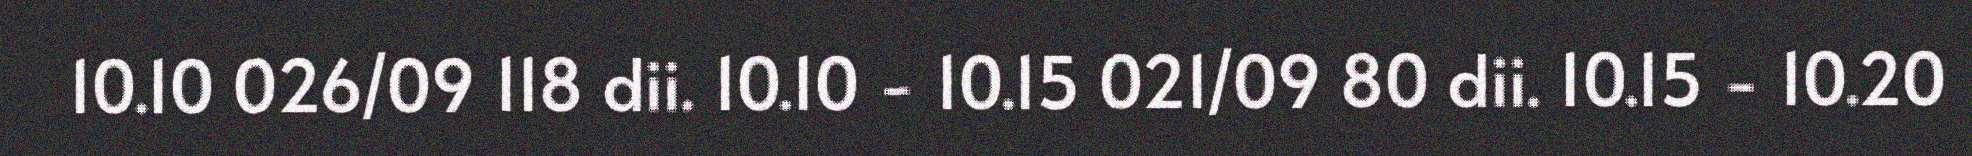
10.10 026/09 118 dii. 10.10 - 10.15 021/09 80 dii. 10.15 - 10.20